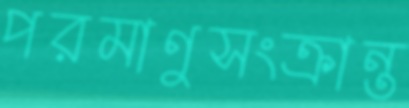
পরমাণুসংক্রান্ত